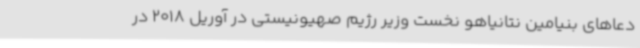
دعاهای بنیامین نتانیاهو نخست وزیر رژیم صهیونیستی در آوریل 2018 در